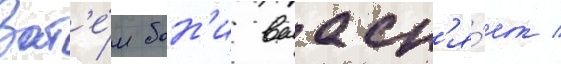
Зат'е́м бон'и выасн'я́ет /